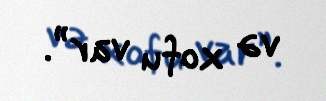
və xofu var”.